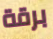
برقة